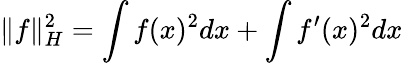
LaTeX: \| f\| _{H}^{2}=\int f(x)^{2}dx+\int f^{\prime}(x)^{2}dx